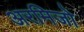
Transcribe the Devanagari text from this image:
अरमिजो